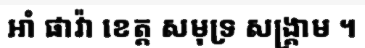
អាំ ផាវ៉ា ខេត្ត សមុទ្រ សង្គ្រាម ។